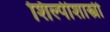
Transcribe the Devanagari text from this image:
शिल्पीशास्त्री